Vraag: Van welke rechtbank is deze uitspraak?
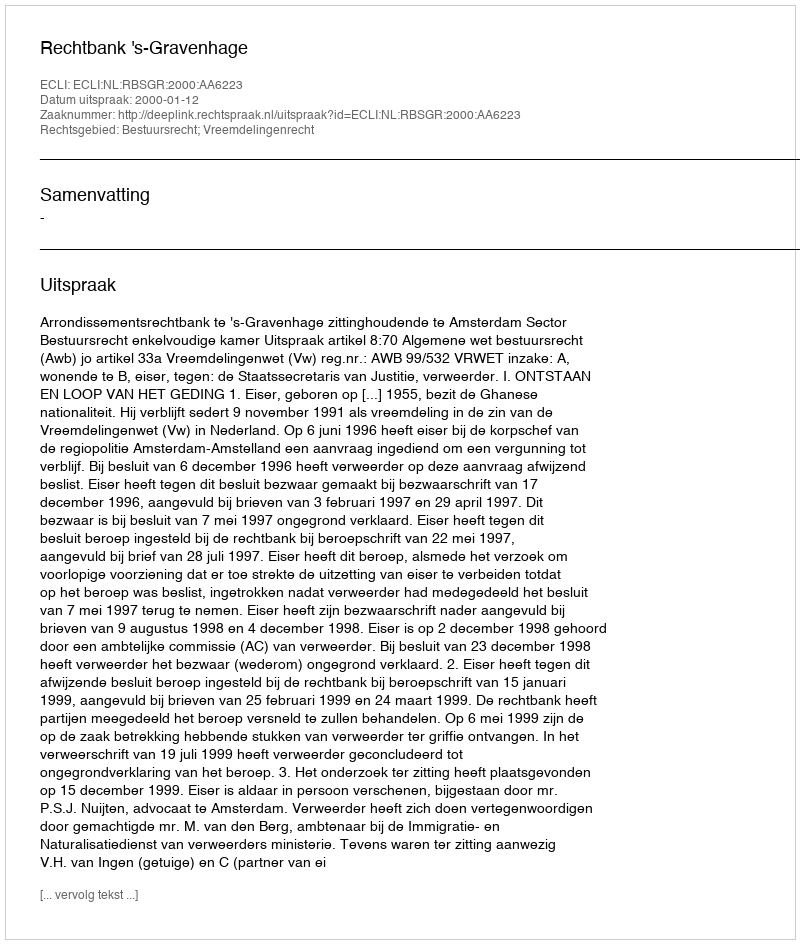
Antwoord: Rechtbank 's-Gravenhage